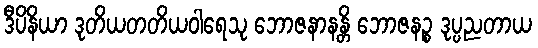
ဒီပိနိယာ ဒုတိယတတိယဝါရေသု ဘောဇနာနန္တိ ဘောဇနဉ္စ ဒုပ္ပညတာယ